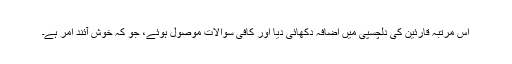
اس مرتبہ قارئین کی دلچسپی میں اضافہ دکھائی دیا اور کافی سوالات موصول ہوئے، جو کہ خوش آئند امر ہے۔